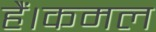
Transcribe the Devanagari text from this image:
हैं।कमल